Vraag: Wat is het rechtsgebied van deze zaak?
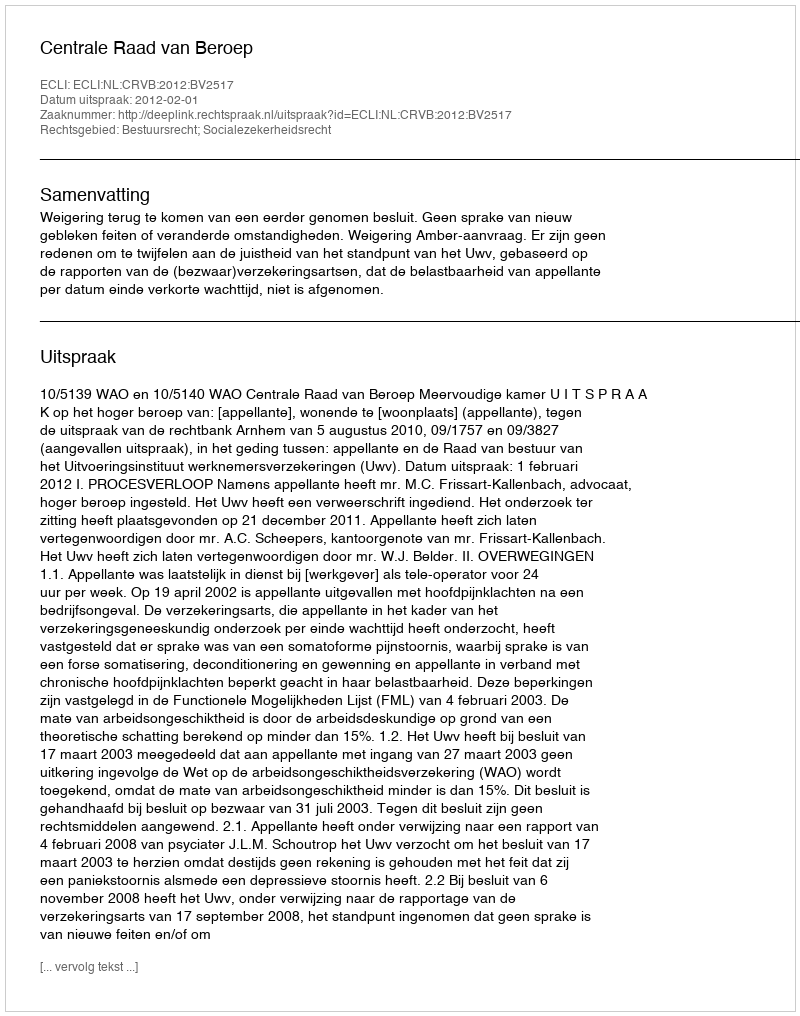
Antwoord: Bestuursrecht; Socialezekerheidsrecht